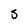
Character: S